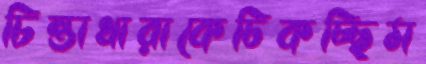
চিন্তাধারাকেঢিকচ্ছিম